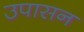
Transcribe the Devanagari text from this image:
उपासन